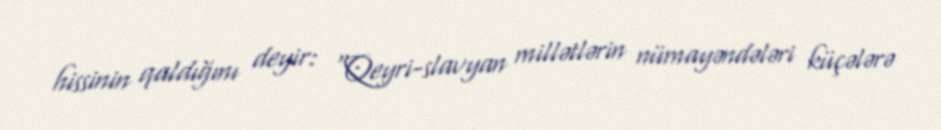
hissinin qaldığını deyir: “Qeyri-slavyan millətlərin nümayəndələri küçələrə